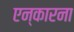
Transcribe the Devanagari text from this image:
एन्कारना